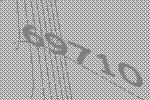
69710